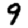
Digit: 9